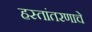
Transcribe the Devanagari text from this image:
हस्तांतरणाचे